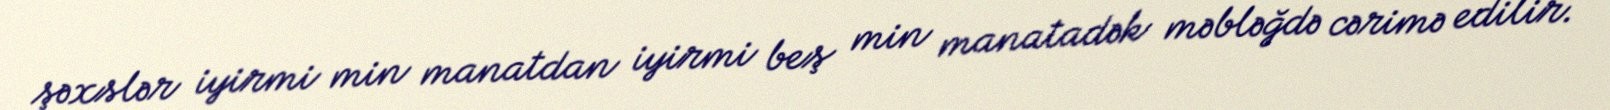
şəxslər iyirmi min manatdan iyirmi beş min manatadək məbləğdə cərimə edilir.